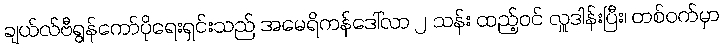
ချယ်လ်ဗီရွန်ကော်ပိုရေးရှင်းသည် အမေရိကန်ဒေါ်လာ ၂ သန်း ထည့်ဝင် လှူဒါန်းပြီး၊ တစ်ဝက်မှာ